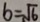
b = \sqrt { 6 }